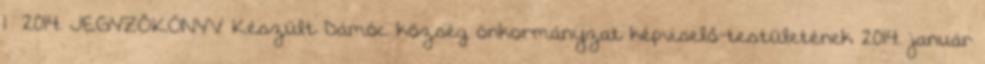
1 2014. JEGYZŐKÖNYV Készült Dámóc község önkormányzat képviselő-testületének 2014. január